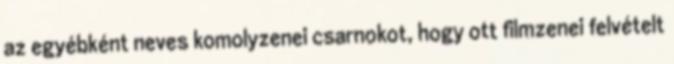
az egyébként neves komolyzenei csarnokot, hogy ott filmzenei felvételt